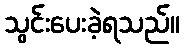
သွင်းပေးခဲ့ရသည်။